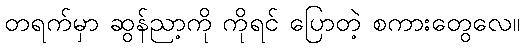
တရက်မှာ ဆွန်ညာ့ကို ကိုရင် ပြောတဲ့ စကားတွေလေ။